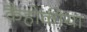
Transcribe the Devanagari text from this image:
कैहोकीया